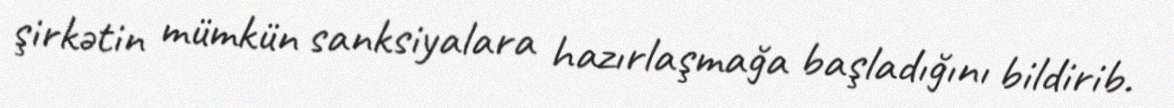
şirkətin mümkün sanksiyalara hazırlaşmağa başladığını bildirib.